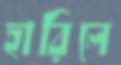
হারিলে